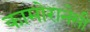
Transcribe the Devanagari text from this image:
कामोरानेसी